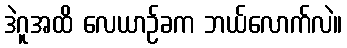
ဒဲဂူအထိ လေယာဉ်ခက ဘယ်လောက်လဲ။